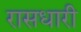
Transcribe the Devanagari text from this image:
रासधारी